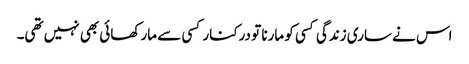
اس نے ساری زندگی کسی کو مارنا تو درکنار کسی سے مار کھائی بھی نہیں تھی۔